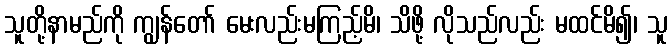
သူတို့နာမည်ကို ကျွန်တော် မေးလည်းမကြည့်မိ၊ သိဖို့ လိုသည်လည်း မထင်မိ၍၊ သူ